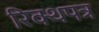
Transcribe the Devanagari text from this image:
रिक्थपत्र